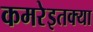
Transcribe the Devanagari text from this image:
कमरेइतक्या